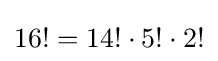
16!=14!\cdot 5!\cdot 2!